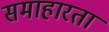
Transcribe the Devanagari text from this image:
समाहारता